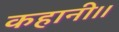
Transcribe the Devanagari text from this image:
कहानी।।